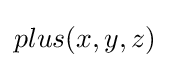
plus(x,y,z)